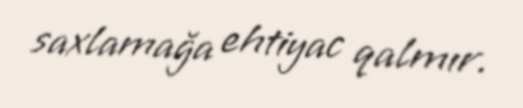
saxlamağa ehtiyac qalmır.